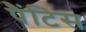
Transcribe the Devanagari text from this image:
पैंटिस